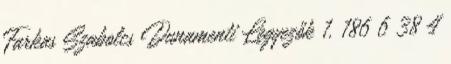
Farkas Szabolcs Dunamenti Legyezők 1. 186 6 38 4